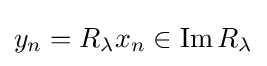
y_{n}=R_{\lambda }x_{n}\in \operatorname {Im} R_{\lambda }